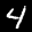
Label: 4